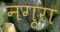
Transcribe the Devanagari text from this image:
नगूरा